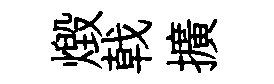
燬戟擴